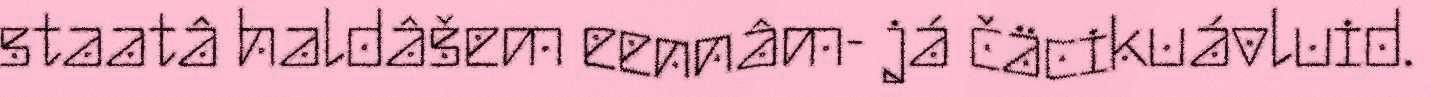
staatâ haldâšem eennâm- já čäcikuávluid.